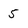
Character: 5